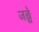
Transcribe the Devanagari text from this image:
जङ्घे